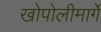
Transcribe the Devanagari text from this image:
खोपोलीमार्गे